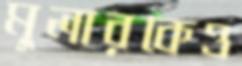
মুলারকেও